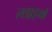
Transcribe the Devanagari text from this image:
लडा़इयों